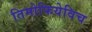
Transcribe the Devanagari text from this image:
तिमोफियेविच